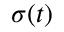
\sigma ( t )